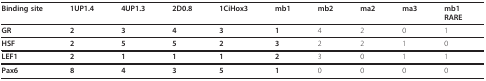
<table><thead><tr><td><b>Binding site</b></td><td><b>1UP1.4</b></td><td><b>4UP1.3</b></td><td><b>2D0.8</b></td><td><b>1CiHox3</b></td><td><b>mb1</b></td><td><b>mb2</b></td><td><b>ma2</b></td><td><b>ma3</b></td><td><b>mb1RARE</b></td></tr></thead><tbody><tr><td><b>GR</b></td><td><b>2</b></td><td><b>3</b></td><td><b>4</b></td><td><b>3</b></td><td><b>1</b></td><td>4</td><td>2</td><td>0</td><td>1</td></tr><tr><td><b>HSF</b></td><td><b>2</b></td><td><b>5</b></td><td><b>5</b></td><td><b>2</b></td><td><b>3</b></td><td>2</td><td>2</td><td>1</td><td>0</td></tr><tr><td><b>LEF1</b></td><td><b>2</b></td><td><b>1</b></td><td><b>1</b></td><td><b>1</b></td><td><b>2</b></td><td>3</td><td>0</td><td>1</td><td>1</td></tr><tr><td><b>Pax6</b></td><td><b>8</b></td><td><b>4</b></td><td><b>3</b></td><td><b>5</b></td><td><b>1</b></td><td>0</td><td>0</td><td>0</td><td>0</td></tr></tbody></table>